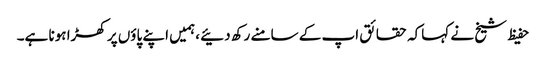
حفیظ شیخ نے کہاکہ حقائق اپ کے سامنے رکھ دئیے ،ہمیں اپنے پاؤں پر کھڑا ہونا ہے۔